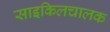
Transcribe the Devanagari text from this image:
साइकिलचालक